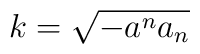
k = \sqrt{ - a^na_n}